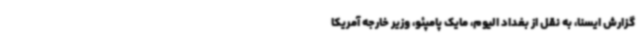
گزارش ایسنا، به نقل از بغداد الیوم، مایک پامپئو، وزیر خارجه آمریکا